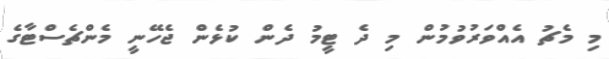
މި މެޗު އެއްވަރުވުމުން މި ދެ ޓީމު ދެން ކުޅެން ޖެހޭނީ މެންޗެސްޓާގެ